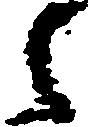
之